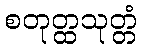
စတုတ္ထသုတ္တံ